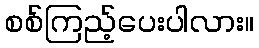
စစ်ကြည့်ပေးပါလား။